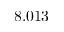
8 . 0 1 3